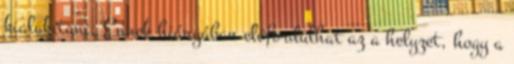
kialakítani. Ennek hiányában előfordulhat az a helyzet, hogy a